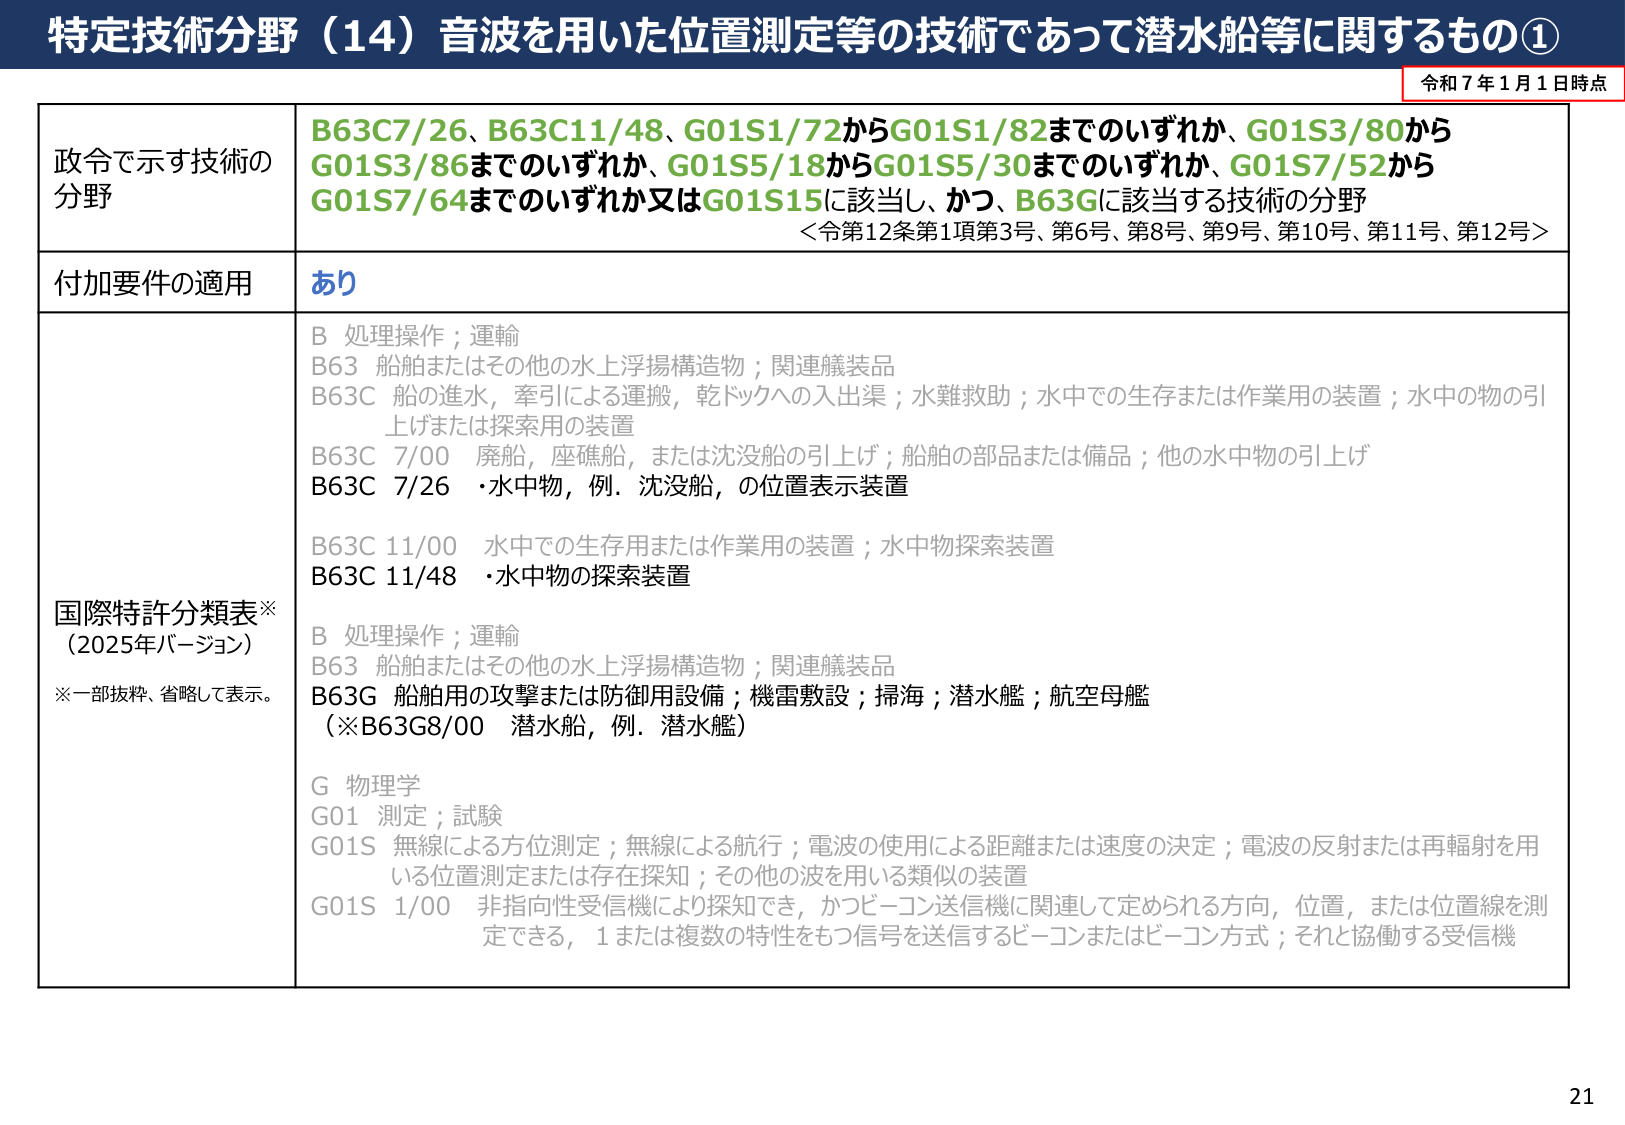
特定技術分野（14）音波を用いた位置測定等の技術であって潜水船等に関するもの①

令和7年1月1日時点

政令で示す技術の分野
B63C7/26、B63C11/48、G01S1/72からG01S1/82までのいずれか、G01S3/80からG01S3/86までのいずれか、G01S5/18からG01S5/30までのいずれか、G01S7/52からG01S7/64までのいずれか又はG01S15に該当し、かつ、B63Gに該当する技術の分野
＜令第12条第1項第3号、第6号、第8号、第9号、第10号、第11号、第12号＞

付加要件の適用
あり

国際特許分類表※
（2025年バージョン）
※一部抜粋、省略して表示。

B 処理操作；運輸
B63 船舶またはその他の水上浮揚構造物；関連艤装品
B63C 船の進水，牽引による運搬，乾ドックへの入出渠；水難救助；水中での生存または作業用の装置；水中の物の引上げまたは探索用の装置
B63C 7/00 廃船，座礁船，または沈没船の引上げ；船舶の部品または備品；他の水中物の引上げ
B63C 7/26 ・水中物，例．沈没船，の位置表示装置
B63C 11/00 水中での生存用または作業用の装置；水中物探索装置
B63C 11/48 ・水中物の探索装置

B 処理操作；運輸
B63 船舶またはその他の水上浮揚構造物；関連艤装品
B63G 船舶用の攻撃または防御用設備；機雷敷設；掃海；潜水艦；航空母艦
（※B63G8/00 潜水船，例．潜水艦）

G 物理学
G01 測定；試験
G01S 無線による方位測定；無線による航行；電波の使用による距離または速度の決定；電波の反射または再輻射を用いる位置測定または存在探知；その他の波を用いる類似の装置
G01S 1/00 非指向性受信機により探知でき，かつビーコン送信機に関連して定められる方向，位置，または位置線を測定できる，1または複数の特性をもつ信号を送信するビーコンまたはビーコン方式；それと協働する受信機

21